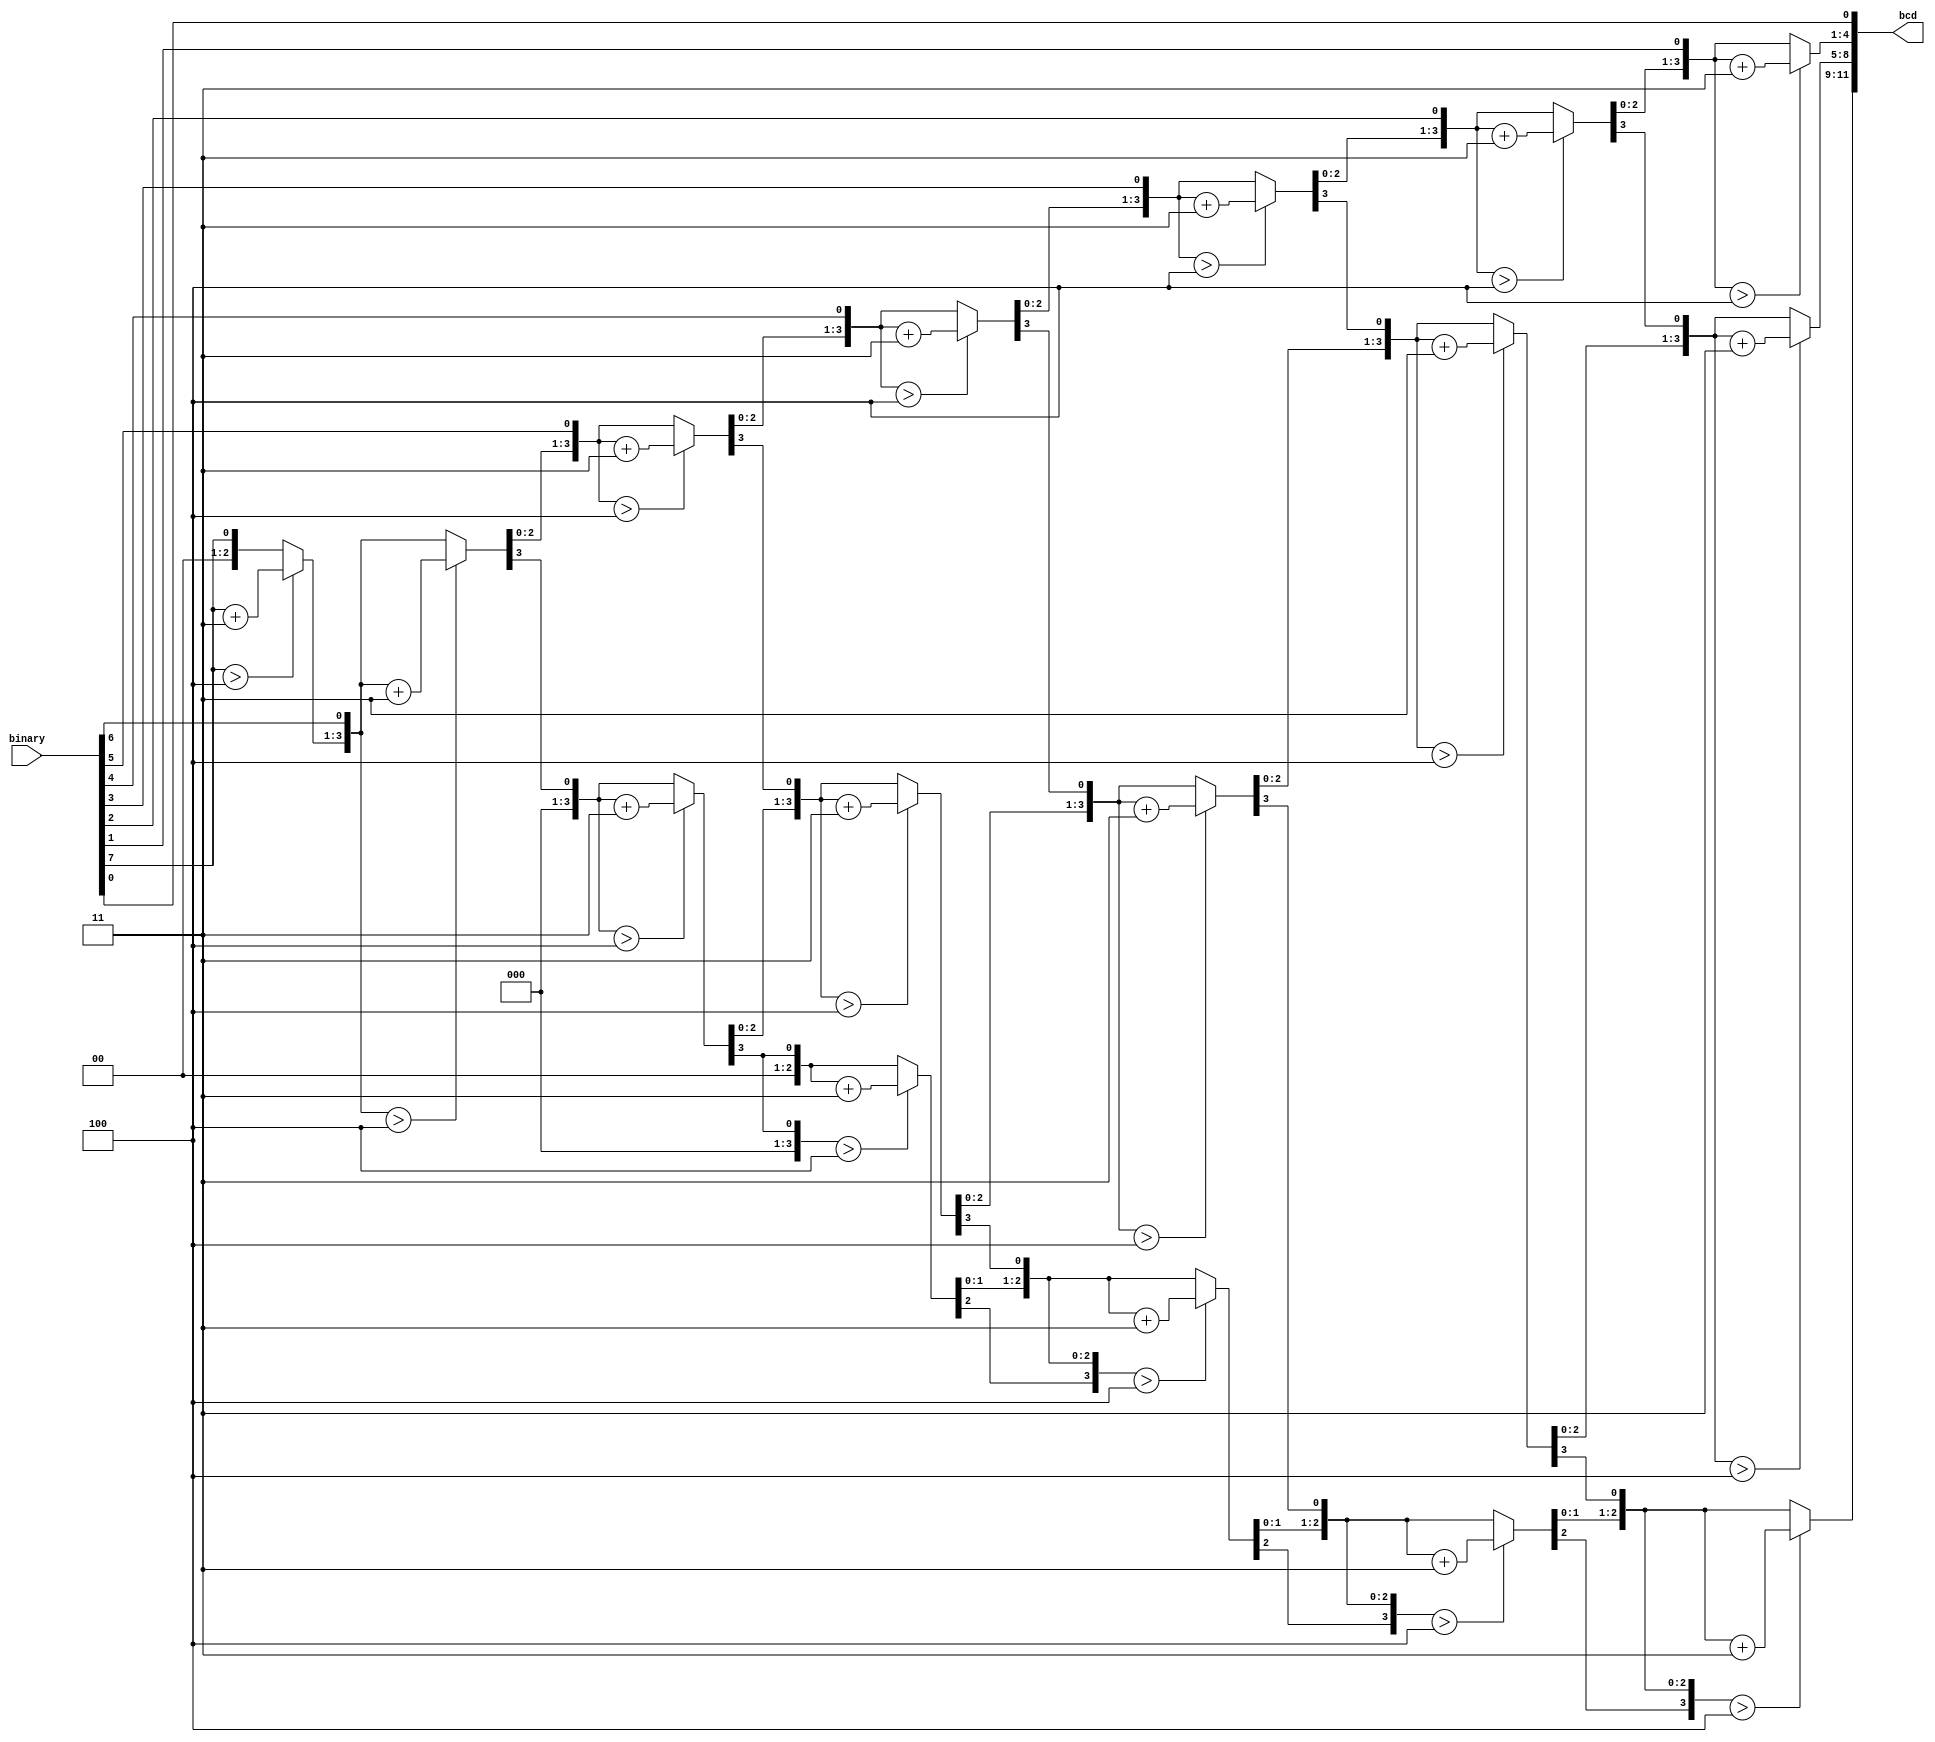
module NBitBinary_BCD #(
	parameter 	WIDTH = 8, // Number of bits for the binary input
	parameter 	DIGITS = 3 // Number of seven segment digits to output to
)(
	input			[WIDTH-1:0]			binary,
	output		[(DIGITS*4)-1:0]	bcd
);

reg		[(DIGITS*4)-1:0]	bcd_value; // Register value of bcd (used in always loop)
integer 							i, j; // Used in the for loop

// When the binary input changes
always @(binary) begin
	bcd_value = 64'h0; // Reset the bcd value
	
	// Iterate through each bit using the shift and three method
	for (i = 0; i < WIDTH; i = i + 1) begin
		bcd_value[0] = binary[WIDTH-(i+1)]; // Set zeroth bit of the bcd_value to be the (WIDTH-(i+1))th bit of the binary number
		
		if (i != WIDTH - 1) begin // If not at the end of the binary number
			for (j = 0; j < DIGITS; j = j + 1) begin
				if (bcd_value[(j*4) +: 4] > 4'h4) begin // Are the four bits greater than 5
					bcd_value[(j*4) +: 4] = bcd_value[(j*4) +: 4] + 4'h3; // Add three
				end
			end
			
			bcd_value = bcd_value << 1; // Shift
			
		end
	end
end

assign bcd = bcd_value;

endmodule